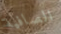
الصافية